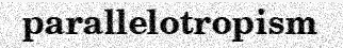
parallelotropism